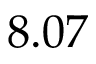
8 . 0 7